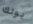
بولك